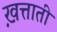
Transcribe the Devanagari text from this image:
ख़त्ताती